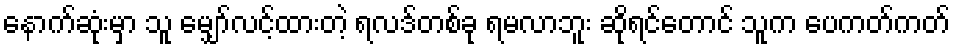
နောက်ဆုံးမှာ သူ မျှော်လင့်ထားတဲ့ ရလဒ်တစ်ခု ရမလာဘူး ဆိုရင်တောင် သူက ပေကတ်ကတ်